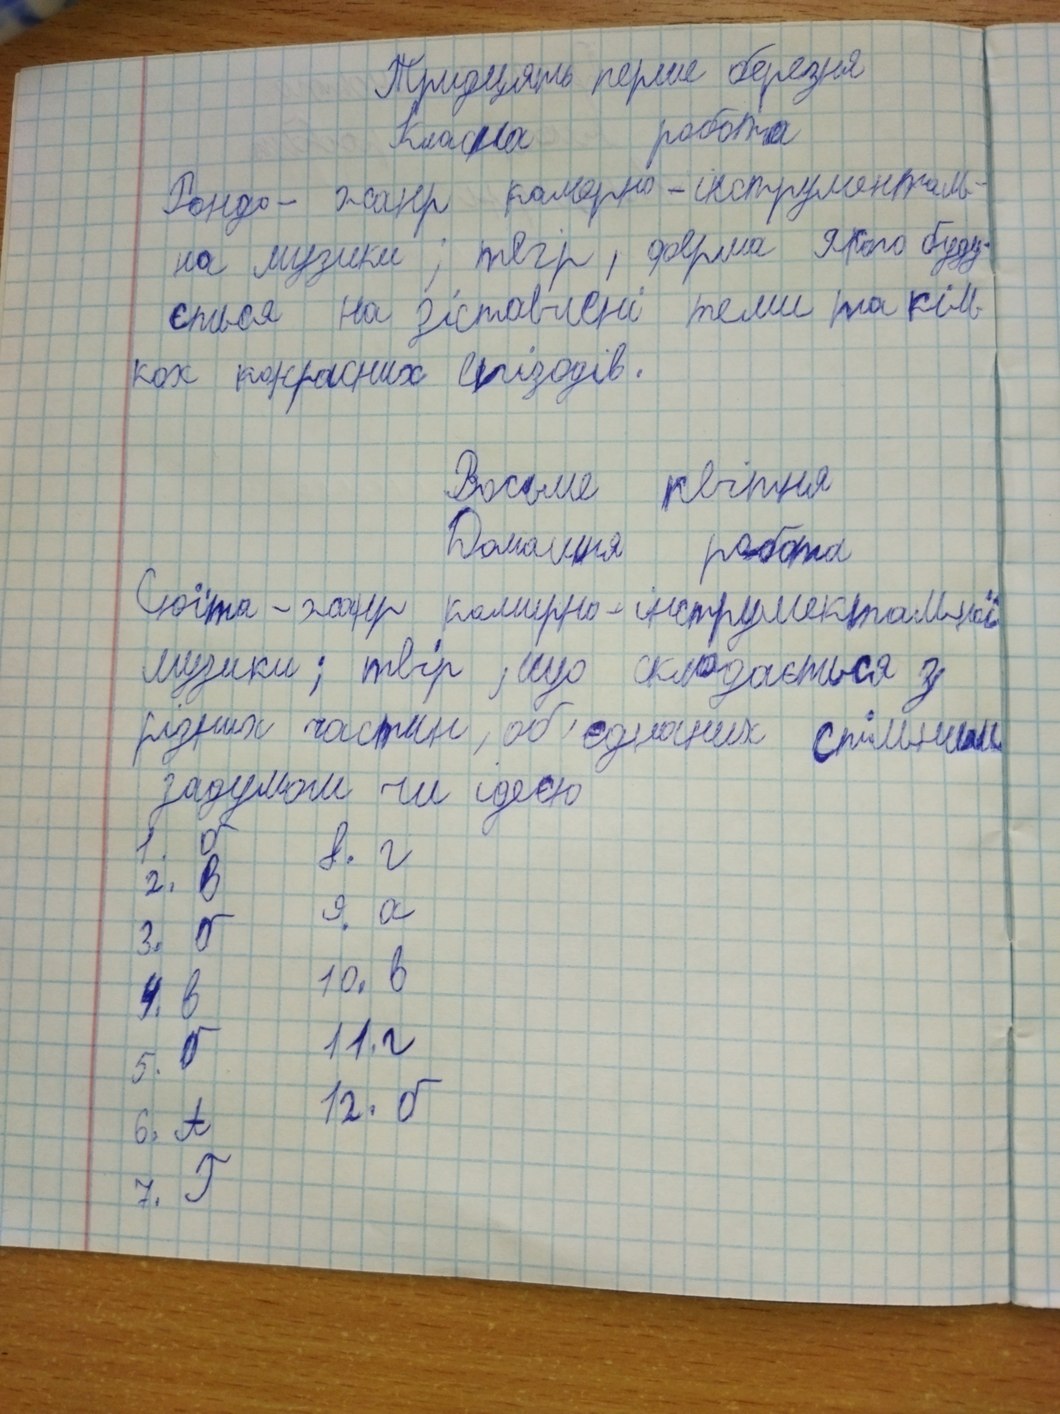
Тридцять перше березня
Класна робота
Рондо - жанр камерно-інструменталь-
на музики ; твір , форма якого буду-
ється на зіставлені теми та кіль
кох контрасних епізодів.
Восьме квітня
Домашня робота
Сюїта - жанр камерно-інструмектальної
музики; твір, що складається з
різних частин , об'єднаних спільним
задумом чи ідеєю
8. г
1. б
2. в
9. а
3. б
10. в
4. в
11. г
5. б
12. б
6. А
7. Г